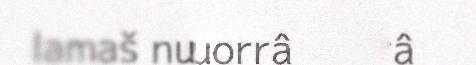
lamaš nuuvt stuorrâ